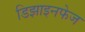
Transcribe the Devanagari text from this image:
डिझाइनफेज